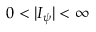
0 < | I _ { \psi } | < \infty